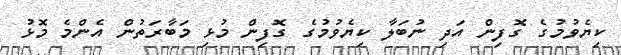
ކިޔެވުމުގެ ގޮފިން އަދި ނުބަލާ ކިޔެވުމުގެ ގޮފިން މުޅި މަބާރަތުން އެންމެ މޮޅު